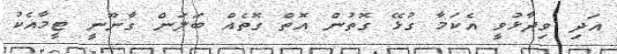
އަދި ވިދާޅުވީ އެކަމާ ގުޅޭ ގޮތުން އޮތް ގޮތެއް ބަލަން ގާނޫނީ ޓީމާއެކު